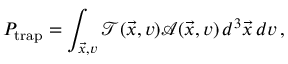
P _ { \mathrm { t r a p } } = \int _ { \vec { x } , v } \mathcal { T } ( \vec { x } , v ) \mathcal { A } ( \vec { x } , v ) \, d ^ { 3 } \vec { x } \, d v \, ,